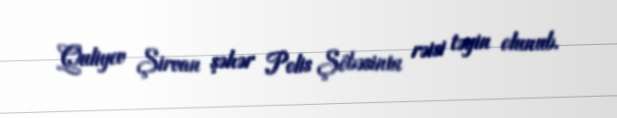
Quliyev Şirvan şəhər Polis Şöbəsinin rəisi təyin olunub.